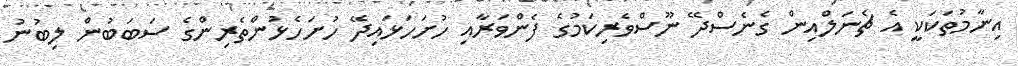
އިނާމުތަކަކީ އެ ޗެނަލްއިން ގެނެސްދޭ ނޫސްވެރިކަމުގެ ފެންވަރާއި ހުށަހަޅައިދޭ ހުށަހެޅުންތެރިންގެ ސަބަބުން ލިބުނު